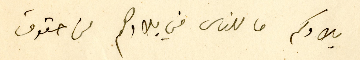
بلادكم ما للناس في بلادهم من حقوق